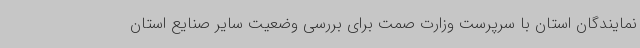
نمایندگان استان با سرپرست وزارت صمت برای بررسی وضعیت سایر صنایع استان